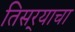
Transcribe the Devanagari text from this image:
तिसर्‍याचा